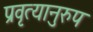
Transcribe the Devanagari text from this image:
प्रवृत्यानुरुप